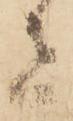
者